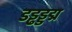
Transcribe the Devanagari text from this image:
डड्ढड्डद्म